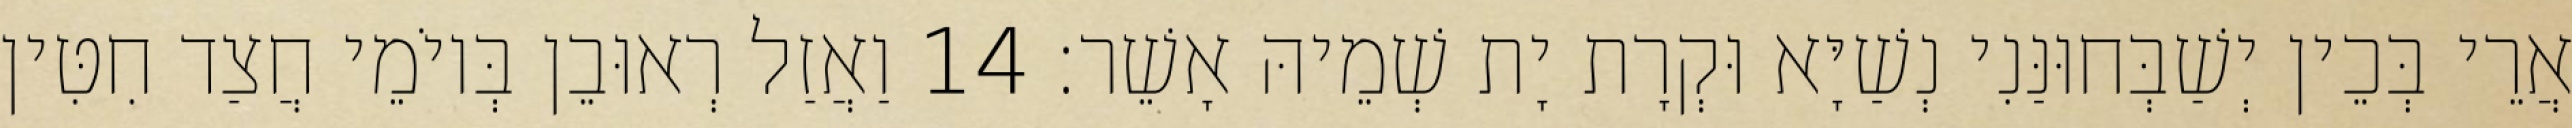
אֲרֵי בְּכֵין יְשַׁבְּחוּנַּנִי נְשַׁיָּא וּקְרָת יָת שְׁמֵיהּ אָשֵׁר׃ 14 וַאֲזַל רְאוּבֵן בְּיוֹמֵי חֲצַד חִטִּין